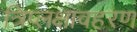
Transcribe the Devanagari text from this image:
त्रिप्लक्षावहरण